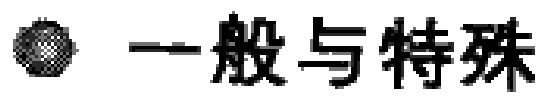
$\bigotimes$ 一般与特殊